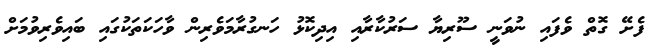
ފެށޭ ގޮތް ވެފައި ނުވަނީ ސޫރިޔާ ސަރުކާރާއި އިދިކޮޅު ހަނގުރާމަވެރިން ވާހަކަތަކުގައި ބައިވެރިވުމަށް